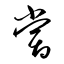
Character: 嘗